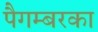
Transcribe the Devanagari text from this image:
पैगम्बरका